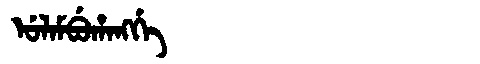
Manchu: ᡠᠯᠠᠮᠪᡠᡥᠠᠩᡤᡝ
Romanization: ULAMBUHANGGE